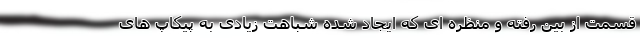
قسمت از بین رفته و منظره ای که ایجاد شده شباهت زیادی به پیکاپ های